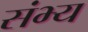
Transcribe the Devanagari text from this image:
संभ्य